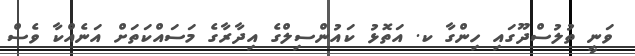
ވަނީ ތުލުސްދޫގައި ހިންގާ ކ. އަތޮޅު ކައުންސިލްގެ އިދާރާގެ މަސައްކަތަށް އަނެއްކާ ވެސް